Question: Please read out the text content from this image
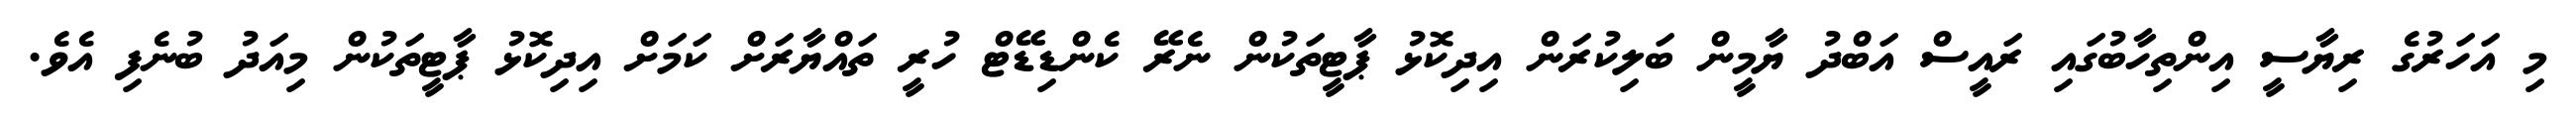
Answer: މި އަހަރުގެ ރިޔާސީ އިންތިހާބުގައި ރައީސް އަބްދު ޔާމީން ބަލިކުރަން އިދިކޮޅު ޕާޓީތަކުން ނެރޭ ކެންޑިޑޭޓް ހުރީ ތައްޔާރަށް ކަމަށް އިދިކޮޅު ޕާޓީތަކުން މިއަދު ބުނެފި އެވެ.